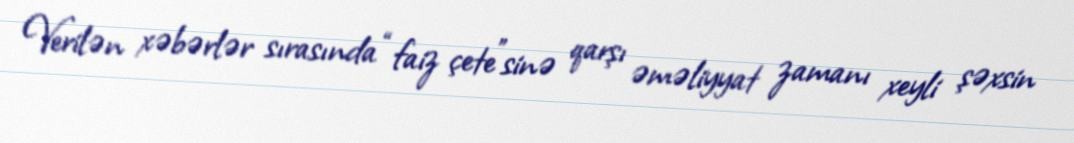
Verilən xəbərlər sırasında “faiz çete”sinə qarşı əməliyyat zamanı xeyli şəxsin